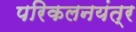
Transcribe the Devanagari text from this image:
परिकलनयंत्र